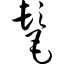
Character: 髦